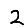
Digit: 2